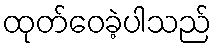
ထုတ်ဝေခဲ့ပါသည်